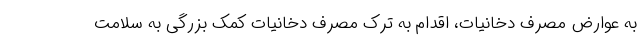
به عوارض مصرف دخانیات، اقدام به ترک مصرف دخانیات کمک بزرگی به سلامت